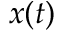
x ( t )